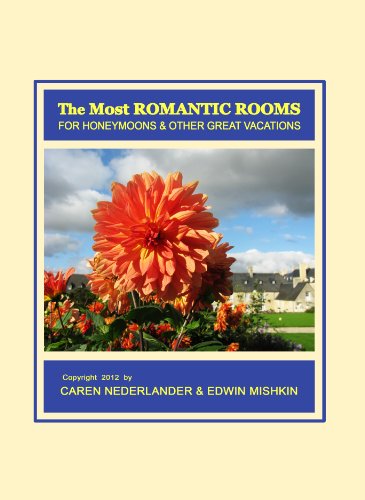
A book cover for The Most Romantic Rooms for Honeymoons and other Great Vacations; Edwin Mishkin; Crafts, Hobbies & Home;